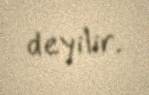
deyilir.